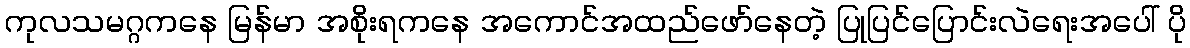
ကုလသမဂ္ဂကနေ မြန်မာ အစိုးရကနေ အကောင်အထည်ဖော်နေတဲ့ ပြုပြင်ပြောင်းလဲရေးအပေါ် ပို